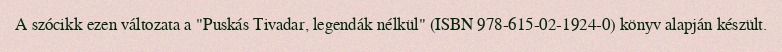
A szócikk ezen változata a "Puskás Tivadar, legendák nélkül" (ISBN 978-615-02-1924-0) könyv alapján készült.